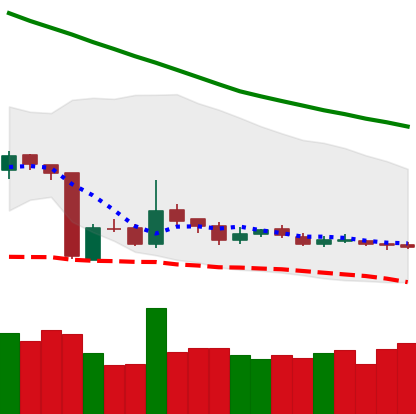
Ticker: LTC-USD
Chart end date: 2018-10-27
Forward return: -3.197%
Label: down_3_5